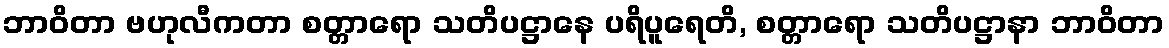
ဘာဝိတာ ဗဟုလီကတာ စတ္တာရော သတိပဋ္ဌာနေ ပရိပူရေတိ, စတ္တာရော သတိပဋ္ဌာနာ ဘာဝိတာ